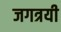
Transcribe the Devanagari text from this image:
जगत्रयी